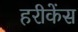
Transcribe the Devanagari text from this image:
हरीकेंस